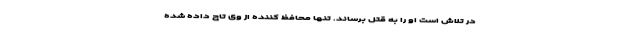
در تلاش است او را به قتل برساند. تنها محافظ کننده از وی تاج داده شده